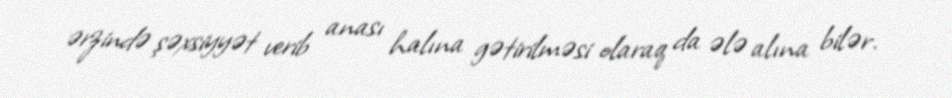
ərzində şəxsiyyət verib anası halına gətirilməsi olaraq da ələ alına bilər.